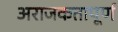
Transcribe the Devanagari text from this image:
अराजकतापूर्ण